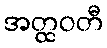
အတ္ထဝတီ